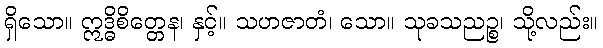
ရှိသော။ ဣဒ္ဓိစိတ္တေန၊ နှင့်။ သဟဇာတံ၊ သော။ သုခသညဉ္စ၊ သို့လည်း။